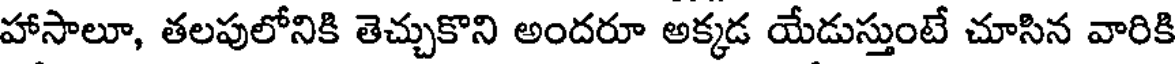
హాసాలూ, తలపులోనికి తెచ్చుకొని అందరూ అక్కడ యేడుస్తుంటే చూసిన వారికి